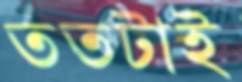
ততটাই